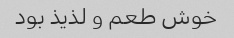
خوش طعم و لذیذ بود